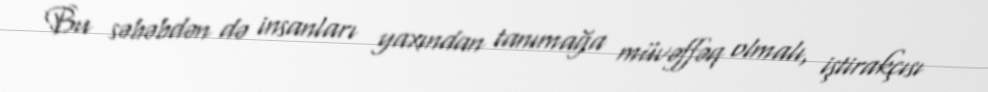
Bu səbəbdən də insanları yaxından tanımağa müvəffəq olmalı, iştirakçısı